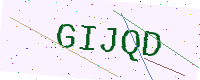
Text: GIJQD